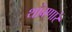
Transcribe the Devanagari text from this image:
थांबणारे